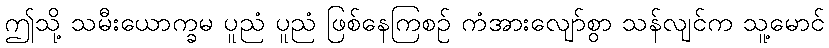
ဤသို့ သမီးယောက္ခမ ပူညံ ပူညံ ဖြစ်နေကြစဉ် ကံအားလျော်စွာ သန်လျင်က သူ့မောင်